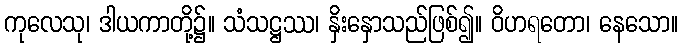
ကုလေသု၊ ဒါယကာတို့၌။ သံသဋ္ဌဿ၊ နှိးနှောသည်ဖြစ်၍။ ဝိဟရတော၊ နေသော။